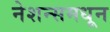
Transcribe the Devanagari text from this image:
नेशन्समधून